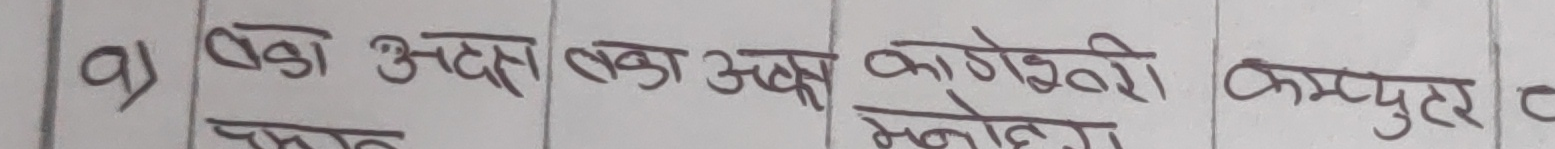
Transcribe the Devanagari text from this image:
क) कडा अदक्ष लका अदक्ष काउदेशी कम्प्युटर